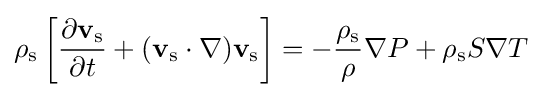
\rho _{\text{s}}\left[{\frac {\partial \mathbf {v} _{\text{s}}}{\partial t}}+(\mathbf {v} _{\text{s}}\cdot \nabla )\mathbf {v} _{\text{s}}\right]=-{\frac {\rho _{\text{s}}}{\rho }}\nabla P+\rho _{\text{s}}S\nabla T